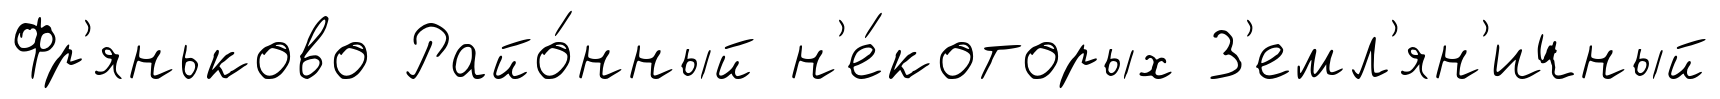
Фр'яньково Райо́нный н'е́которых З'емл'ян'ичный